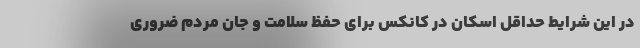
در این شرایط حداقل اسکان در کانکس برای حفظ سلامت و جان مردم ضروری